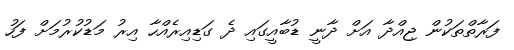
ފަރާތްތަކުން ޖިއްދާ އަށް ދާނީ ޑުބާއީގައި ދެ ގަޑިއިރެއްހާ އިރު މަޑުކުރުމަށް ފަހު